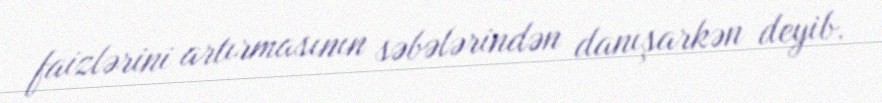
faizlərini artırmasının səbələrindən danışarkən deyib.